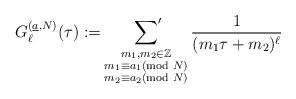
LaTeX: \begin{align*} G_{\ell}^{(\underline{a},N)}(\tau):=\sideset{}{'}\sum_{\substack{m_1,m_2\in\mathbb{Z}\\m_1\equiv a_1\!\!\!\!\!\!\pmod{N}\\m_2\equiv a_2\!\!\!\!\!\!\pmod{N}}}\dfrac{1}{(m_1\tau+m_2)^{\ell}} \end{align*}